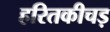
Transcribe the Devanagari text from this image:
हरितकीचड़